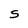
Character: S